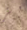
بز